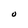
Character: O